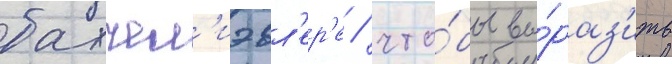
бахчел'иэвл'ер'е / что́бы вы́раз'ить